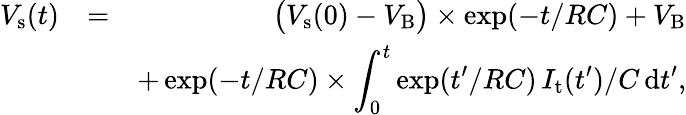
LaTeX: \begin{array}{rlr}{V_{\mathrm{s}}(t)}&{=}&{\big(V_{\mathrm{s}}(0)-V_{\mathrm{B}}\big)\times\exp(-t/RC)+V_{\mathrm{B}}}\\ &{}&{+\exp(-t/RC)\times\displaystyle\int_{0}^{t}\exp(t^{\prime}/RC)\, I_{\mathrm{t}}(t^{\prime})/C\, \mathrm{d}t^{\prime},}\end{array}